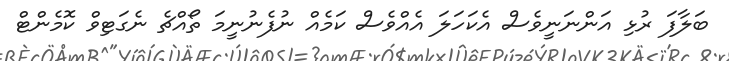
ބަލާފަ ރުޅި އަންނަނީވެސް އެކަހަލަ އެއްވެސް ކަމެއް ނުފެނުނީމަ ތޯއްޗެ ނެގަޓިވް ކޮމެންޓް